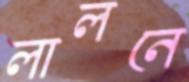
লালনে